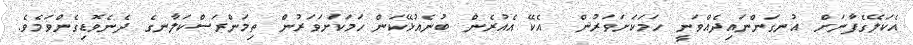
އެކަލޭގެފާނަށް އުނގަންނައިދެއްވަނީ ހަމަކަށަވަރުން  އެކޭ އެއުރެން ބުނެއުޅޭކަން ހަމަކަށަވަރުން ތިމަންރަސްކަލާނގެ ދެނެވޮޑިގެންވަމެވެ.